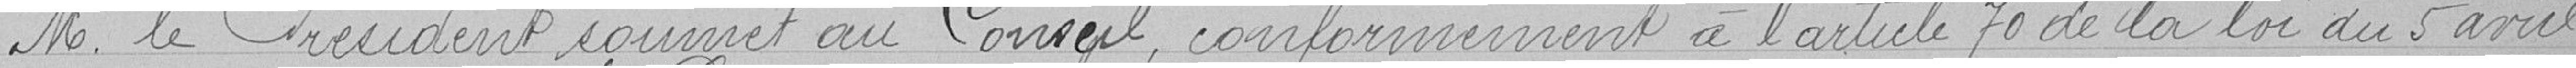
Monsieur le Président soumet au Conseil, conformément à l'article 70 de la loi du 5 avril